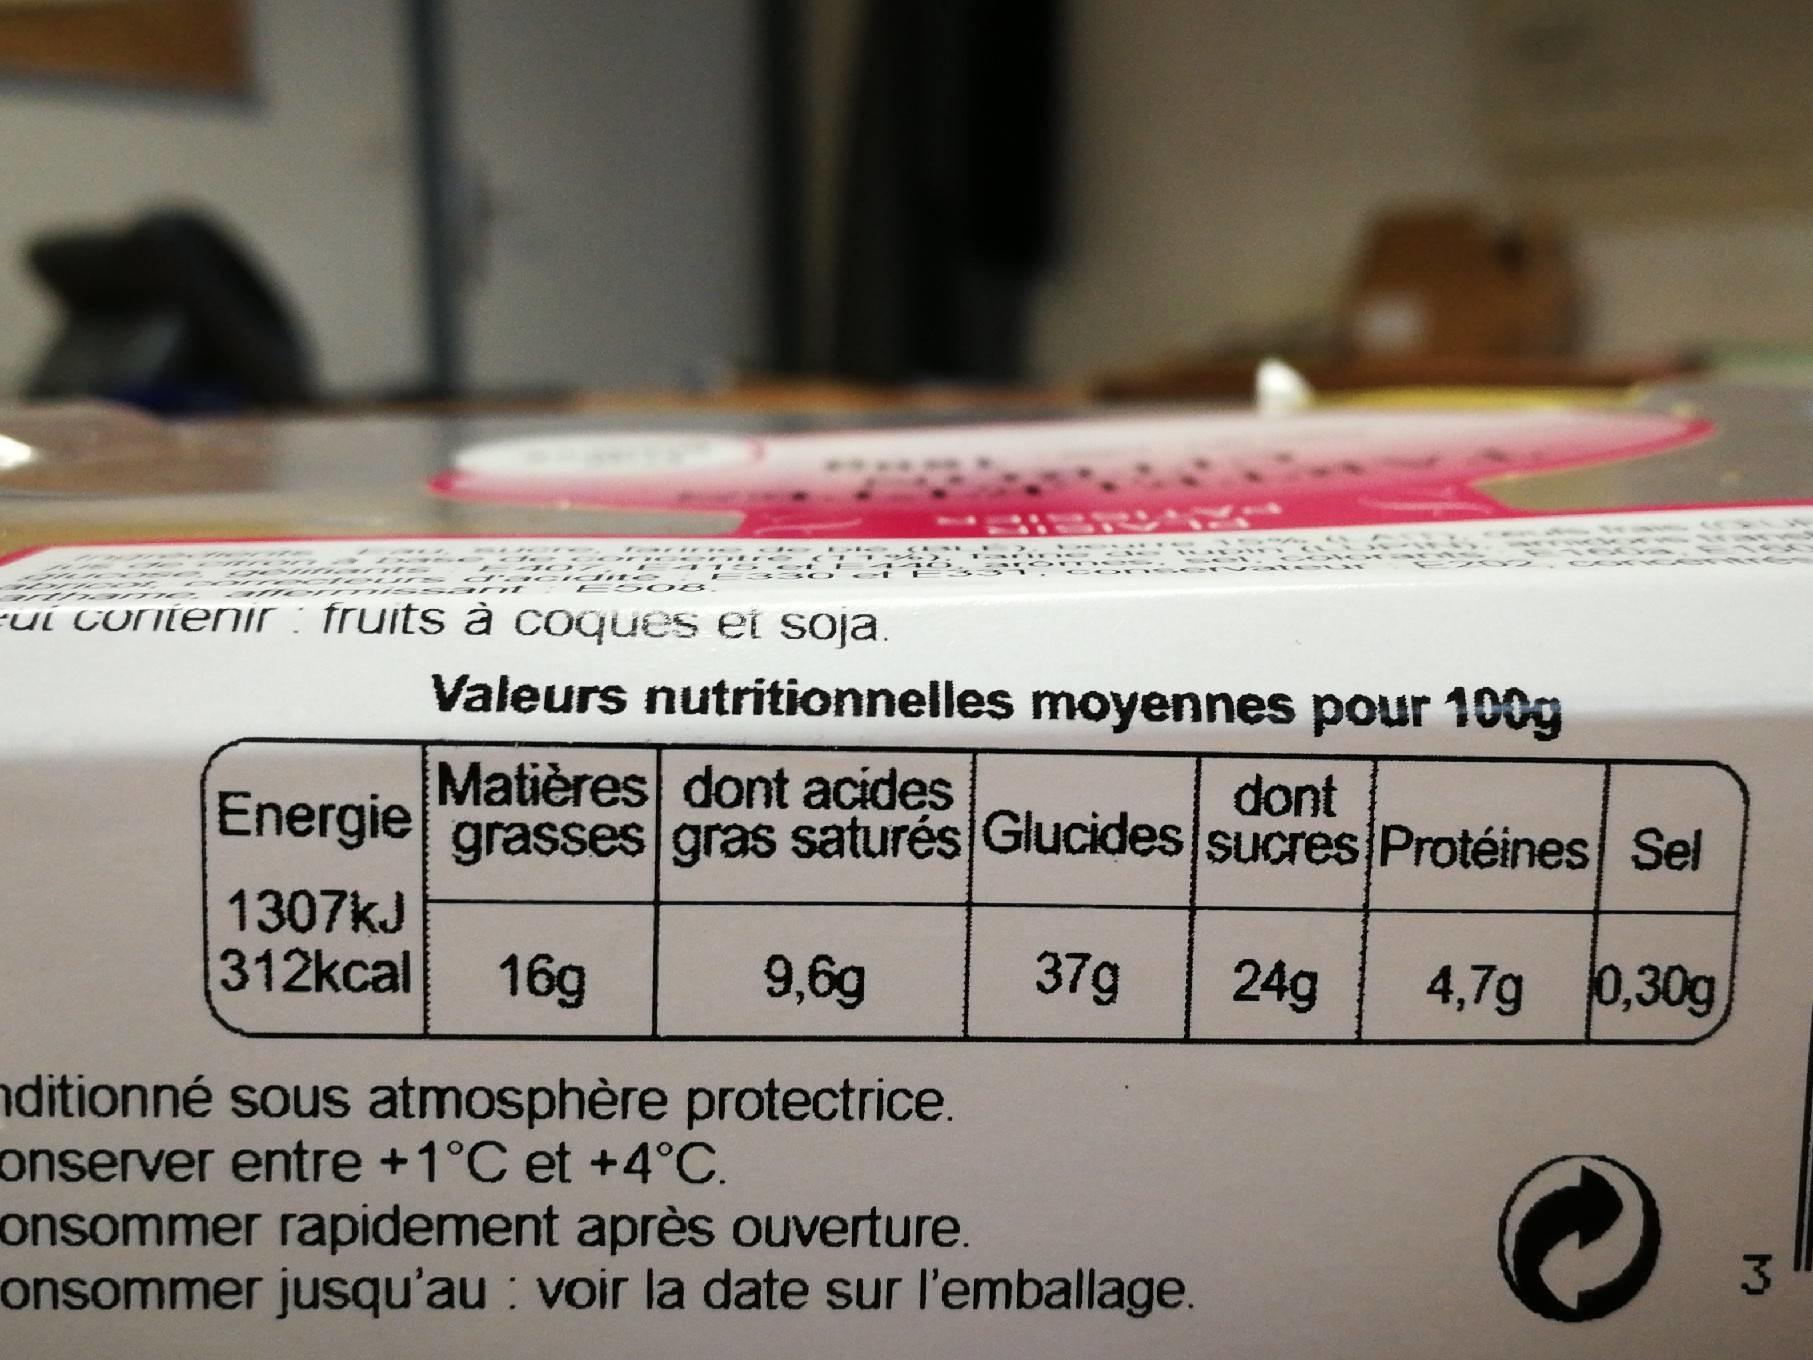
eut contenir: fruits à coques et soja.
Valeurs nutritionnelles moyennes pour 100g
Matières dont acides
dont
Energie grasses gras saturés Glucides sucres Protéines Sel
37g 24g 4,7g 0,30g
1307kJ 312kcal 16g
9,6g
nditionné sous atmosphère protectrice. onserver entre +1°C et +4°C.
onsommer rapidement après ouverture. onsommer jusqu'au : voir la date sur l'emballage.
3